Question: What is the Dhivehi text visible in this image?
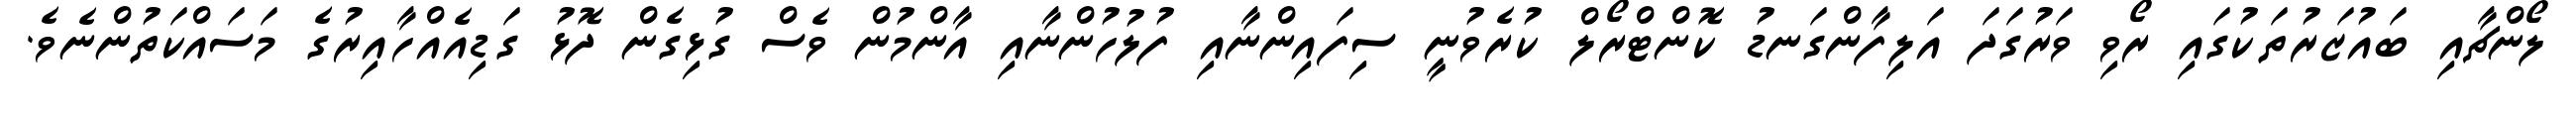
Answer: ލޯންޗާއި ބައުޒަރުތަކުގައި ރޯވި ވަރުގަދަ އަލިފާންގަނޑު ކޮންޓްރޯލް ކުރެވުނީ ސިފައިންނާއި ފުލުހުންނާއި އާންމުން ވެސް ގުޅިގެން ދޮޅު ގަޑިއެއްހާއިރުގެ މަސައްކަތުންނެވެ.